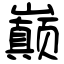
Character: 巅